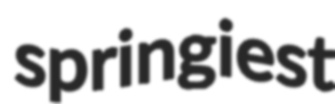
springiest